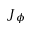
J _ { \phi }